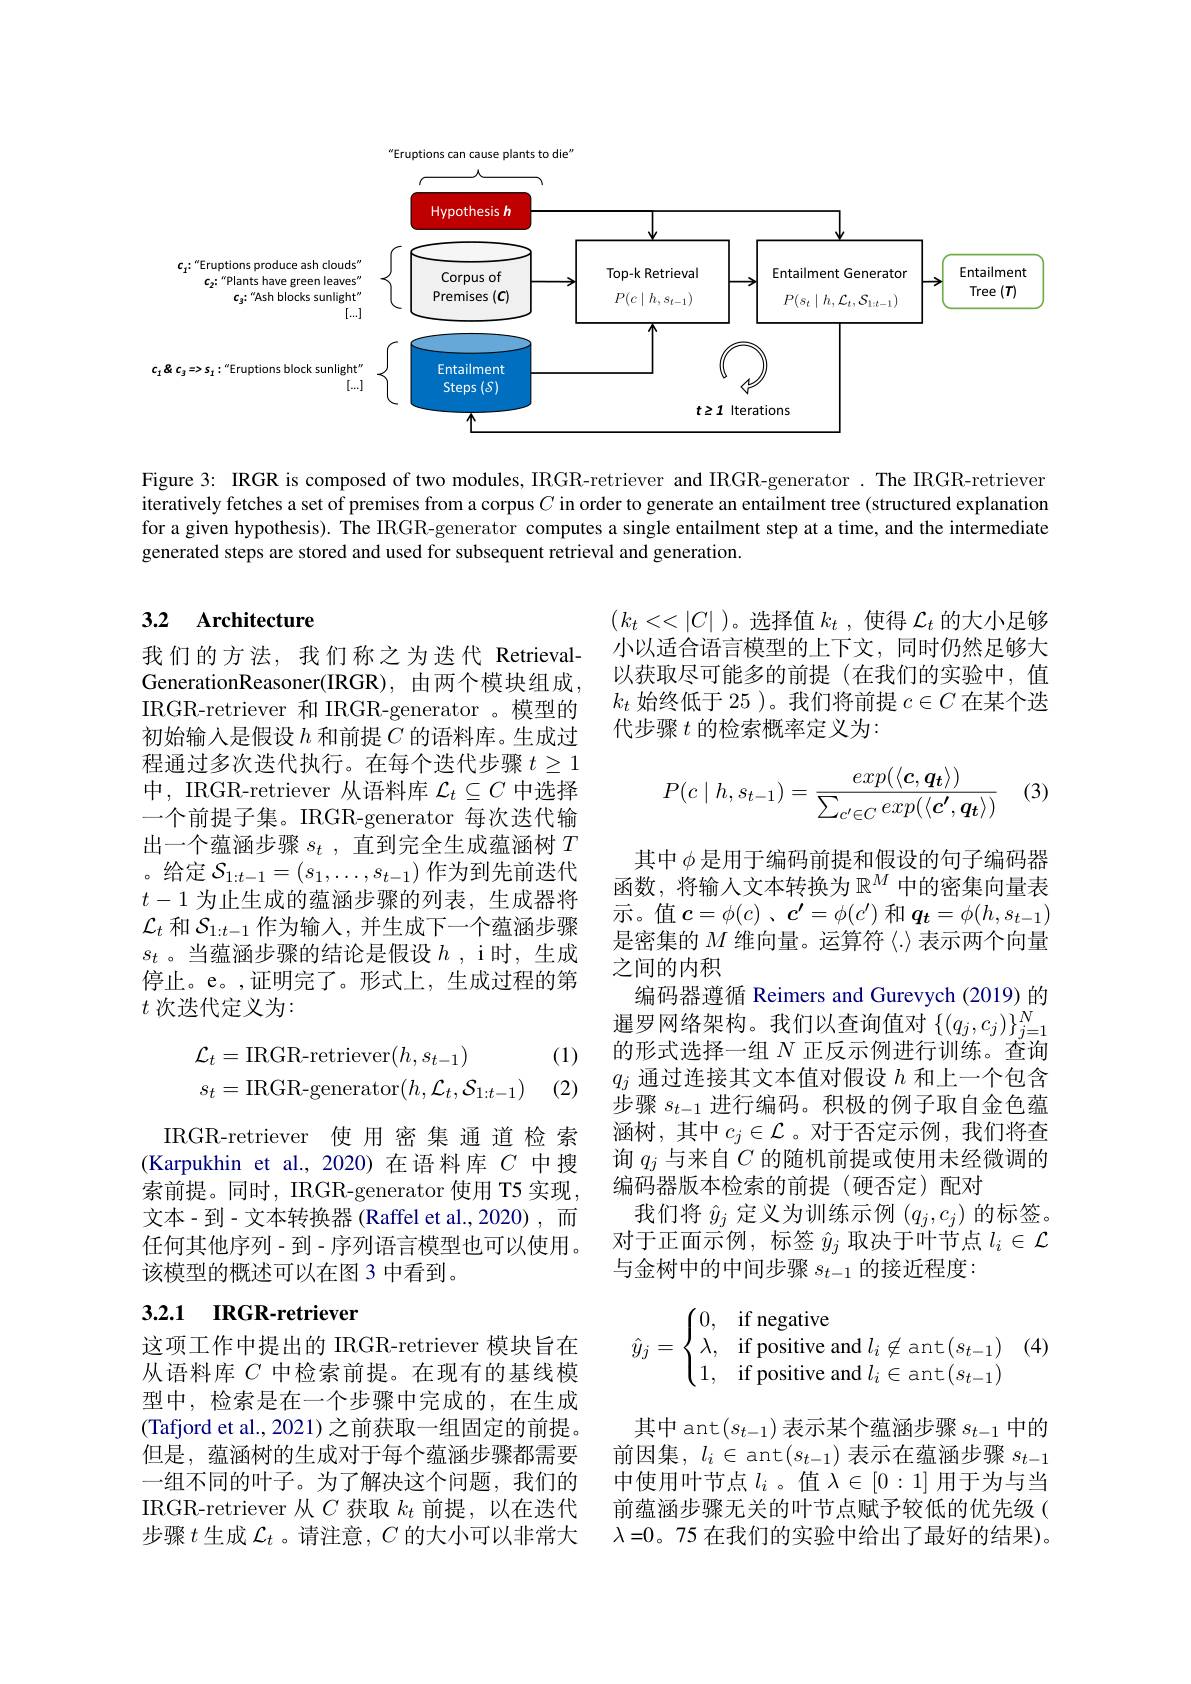
<FigureHere>

Figure 3: IRGR is composed of two modules, IRGR-retriever and IRGR-generator .The IRGR-retriever iteratively fetches a set of premises from a corpus $C$ in order to generate an entailment tree (structured explanation for a given hypothesis). The IRGR-generator computes a single entailment step at a time, and the intermediate generated steps are stored and used for subsequent retrieval and generation.

### 3.2 Architecture

$(k_{t}<<|C|$ )。选择值$k_t$,使得$\mathcal{L}_t$的大小足够小以适合语言模型的上下文，同时仍然足够大以获取尽可能多的前提(在我们的实验中，值$k_t$始终低于 25 )。我们将前提$c\in C$在某个迭代步骤$t$的检索概率定义为：

(3)
$$P(c\mid h,s_{t-1})=\frac{exp(\langle\boldsymbol{c},\boldsymbol{q_t}\rangle)}{\sum_{c'\in C}exp(\langle\boldsymbol{c'},\boldsymbol{q_t}\rangle)}$$
我们的方法，我们称之为迭代 RetrievalGenerationReasoner(IRGR), 由两个模块组成， IRGR-retriever 和 IRGR-generator 。模型的初始输入是假设$h$和前提$C$的语料库。生成过程通过多次迭代执行。在每个迭代步骤$t\geq1$ 中，IRGR-retriever 从语料库$\mathcal{L}_t\subseteq C$中选择一个前提子集。IRGR-generator 每次迭代输出一个蕴涵步骤$s_t$,直到完全生成蕴涵树$T$ 。给定$\mathcal{S}_1:t-1=(s_1,\ldots,s_{t-1})$作为到先前迭代$t-1$为止生成的蕴涵步骤的列表，生成器将$\mathcal{L}_t$和$\mathcal{S}_{1:t-1}$作为输入，并生成下一个蕴涵步骤$s_t$ 。当蕴涵步骤的结论是假设$h$ ,i时，生成停止。e。,证明完了。形式上，生成过程的第$t$次迭代定义为：

(1)

其中$\phi$是用于编码前提和假设的句子编码器函数，将输入文本转换为$\mathbb{R}^M$ 中的密集向量表示。值$c= \phi ( c)$ , $\boldsymbol{\overset {\prime }{c}}= \phi ( c^{\prime })$和$\boldsymbol q_t=\phi(h,s_{t-1})$ 是密集的$M$维向量。运算符$\langle\cdot\rangle$表示两个向量之间的内积
编码器遵循 Reimers and Gurevych (2019) 的暹罗网络架构。我们以查询值对$\{(q_j,c_j)\}_{j=1}^N$ 的形式选择一组$N$正反示例进行训练。查询$q_j$通过连接其文本值对假设$h$和上一个包含步骤$s_{t-1}$进行编码。积极的例子取自金色蕴涵树，其中$c_j\in\mathcal{L}$ 。对于否定示例，我们将查询$q_j$与来自$C$的随机前提或使用未经微调的编码器版本检索的前提(硬否定)配对
我们将$\hat{y}_j$定义为训练示例$(q_j,c_j)$的标签。对于正面示例，标签$\hat{y}_j$取决于叶节点$l_i\in\mathcal{L}$ 与金树中的中间步骤$s_t-1$的接近程度：
$$\begin{aligned}\mathcal{L}_t&=\text{IRGR-retriever}(h,s_{t-1})\\s_t&=\text{IRGR-generator}(h,\mathcal{L}_t,\mathcal{S}_{1:t-1})\end{aligned}$$
(2)

IRGR-retriever 使用密集通道检索(Karpukhin et al.,2020)在语料库$C$中搜索前提。同时，IRGR-generator 使用 T5 实现， 文本-到-文本转换器(Raffel et al.,2020),而任何其他序列-到-序列语言模型也可以使用。该模型的概述可以在图 3 中看到。

### 3.2.1 IRGR-retriever
$$\hat{y}_j=\begin{cases}0,&\text{if negative}\\\lambda,&\text{if positive and}l_i\not\in\text{ant}(s_{t-1})\\1,&\text{if positive and}l_i\in\text{ant}(s_{t-1})\end{cases}$$
$\begin{array}{l}\text{这项工作中提出的 IRGR-retriever 模块旨在}\\\text{从语料库 }C\text{ 中检索前提。在现有的基线模}\end{array}$ 型中，检索是在一个步骤中完成的，在生成(Tafjord et al., 2021)之前获取一组固定的前提。但是，蕴涵树的生成对于每个蕴涵步骤都需要一组不同的叶子。为了解决这个问题，我们的IRGR-retriever 从$C$获取$k_t$前提，以在迭代步骤$t$生成$\mathcal{L}_t$ 。请注意，$C$的大小可以非常大

其中 ant$(s_{t-1})$表示某个蕴涵步骤$s_t-1$中的前因集，$l_i\in$ ant$(s_t-1)$表示在蕴涵步骤$s_t-1$ 中使用叶节点$l_i$ 。值$\lambda\in[0:1]$用于为与当前蕴涵步骤无关的叶节点赋予较低的优先级( $\lambda=0$。75 在我们的实验中给出了最好的结果)。